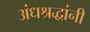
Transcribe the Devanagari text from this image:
अंधश्रद्धांनी